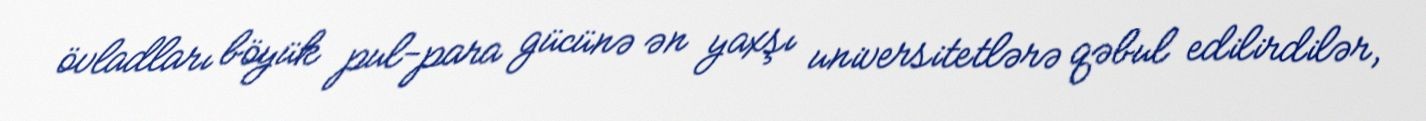
övladları böyük pul-para gücünə ən yaxşı universitetlərə qəbul edilirdilər,